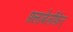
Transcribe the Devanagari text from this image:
फ़्लाबेलीफ़ेर्